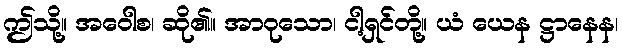
ဤသို့။ အဝေါစ၊ ဆို၏။ အာဝုသော၊ ငါ့ရှင်တို့။ ယံ ယေန ဋ္ဌာနေန၊